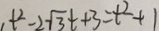
t ^ { 2 } - 2 \sqrt { 3 } t + 3 = t ^ { 2 } + 1